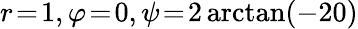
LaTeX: r\! =\! 1,\varphi\! =\! 0,\psi\! =\! 2\arctan(-20)